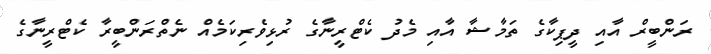
ރަންބީރް އާއި ދީޕިކާގެ ތަމާޝާ އާއި މެދު ކެޓްރީނާގެ ރުޅިވެރިކަމެއް ނެތްރަންބީރާ ކެޓްރީނާގެ